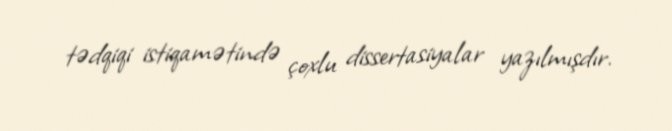
tədqiqi istiqamətində çoxlu dissertasiyalar yazılmışdır.